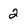
Character: 2